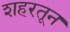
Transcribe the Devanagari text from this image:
शहरतून